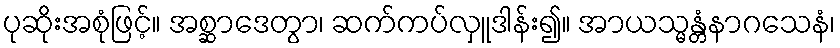
ပုဆိုးအစုံဖြင့်။ အစ္ဆာဒေတွာ၊ ဆက်ကပ်လှူဒါန်း၍။ အာယသ္မန္တံနာဂသေနံ၊